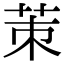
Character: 茦